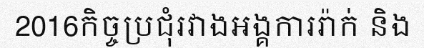
2016កិច្ចប្រជុំរវាងអង្គការរ៉ាក់ និង